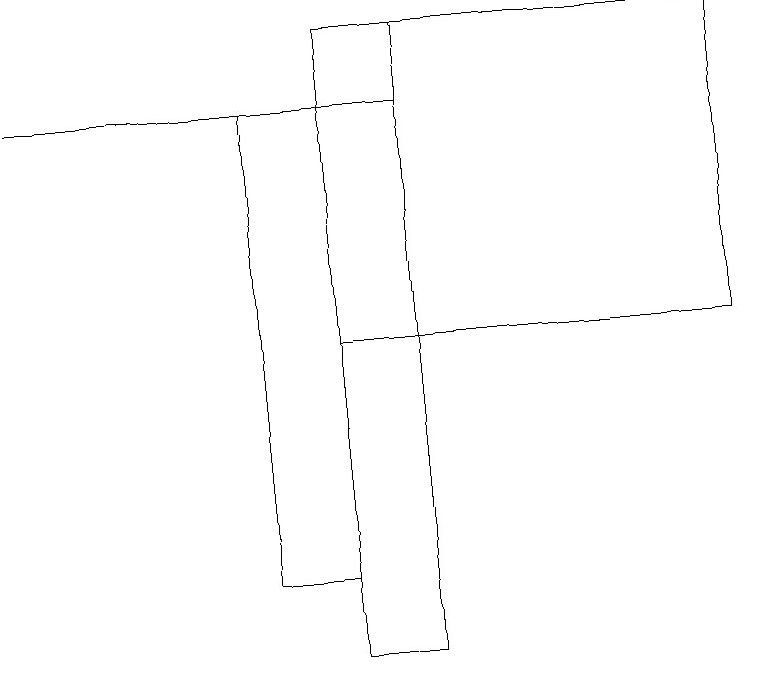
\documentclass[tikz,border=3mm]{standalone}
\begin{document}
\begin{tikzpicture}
\draw (4,12) rectangle (3,18);
\draw (4,15) rectangle (9,19);
\draw (4,19) rectangle (5,11);
\draw (5,18) rectangle (0,18);
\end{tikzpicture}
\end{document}